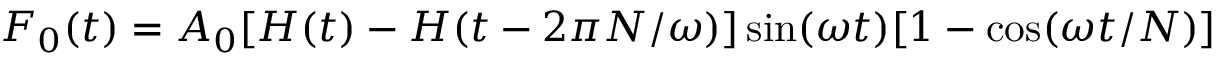
F _ { 0 } ( t ) = A _ { 0 } [ H ( t ) - H ( t - 2 \pi N / \omega ) ] \sin ( \omega t ) [ 1 - \cos ( \omega t / N ) ]